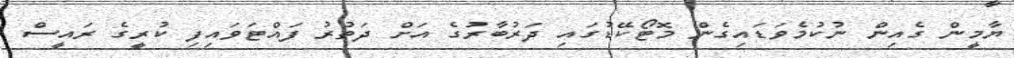
ޔާމީން ގެއިން ނުކުމެވަޑައިގެން މޮޓޯކޭޑުގައި ދަރުބާރުގެ އަށް ދަތުރު ފައްޓަވައިފި ކުރީގެ ރައީސް